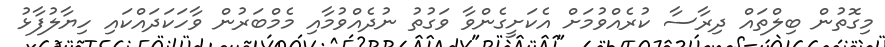
މިގޮތުން ބިލްތައް ދިރާސާ ކުރެއްވުމަށް އެކަށީގެންވާ ވަގުތު ނުދެއްވުމާއި މެމްބަރުން ވާހަކަދައްކައި ހިޔާލުފާޅު